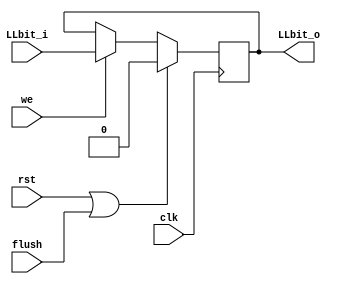
module reg_LLbit (
  input  wire flush  ,
  input  wire LLbit_i,
  input  wire we     ,
  output reg  LLbit_o,
  input  wire clk    ,
  input  wire rst
);

    always @ (posedge clk) begin
        if (rst || flush) LLbit_o <= 0;
        else if (we) LLbit_o <= LLbit_i;
    end

endmodule